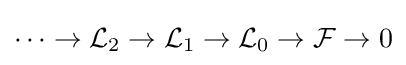
\cdots \to {\mathcal {L}}_{2}\to {\mathcal {L}}_{1}\to {\mathcal {L}}_{0}\to {\mathcal {F}}\to 0